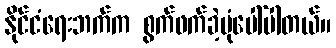
နိုင်ငံရေးဘက်က စွက်ဖက်ခဲ့ပုံပေါ်ပါတယ်။